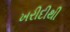
ખરીદીથી